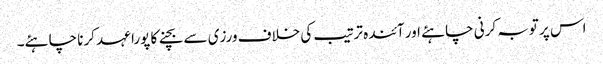
اس پر توبہ کرنی چاہئے اور آئندہ ترتیب کی خلاف ورزی سے بچنے کا پورا عہد کرنا چاہئے۔